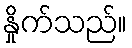
နှိုက်သည်။